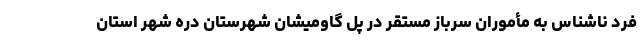
فرد ناشناس به مأموران سرباز مستقر در پل گاومیشان شهرستان دره شهر استان